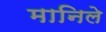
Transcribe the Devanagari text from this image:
मानिले